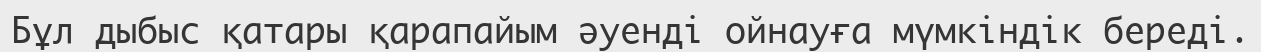
Бұл дыбыс қатары қарапайым әуенді ойнауға мүмкіндік береді.